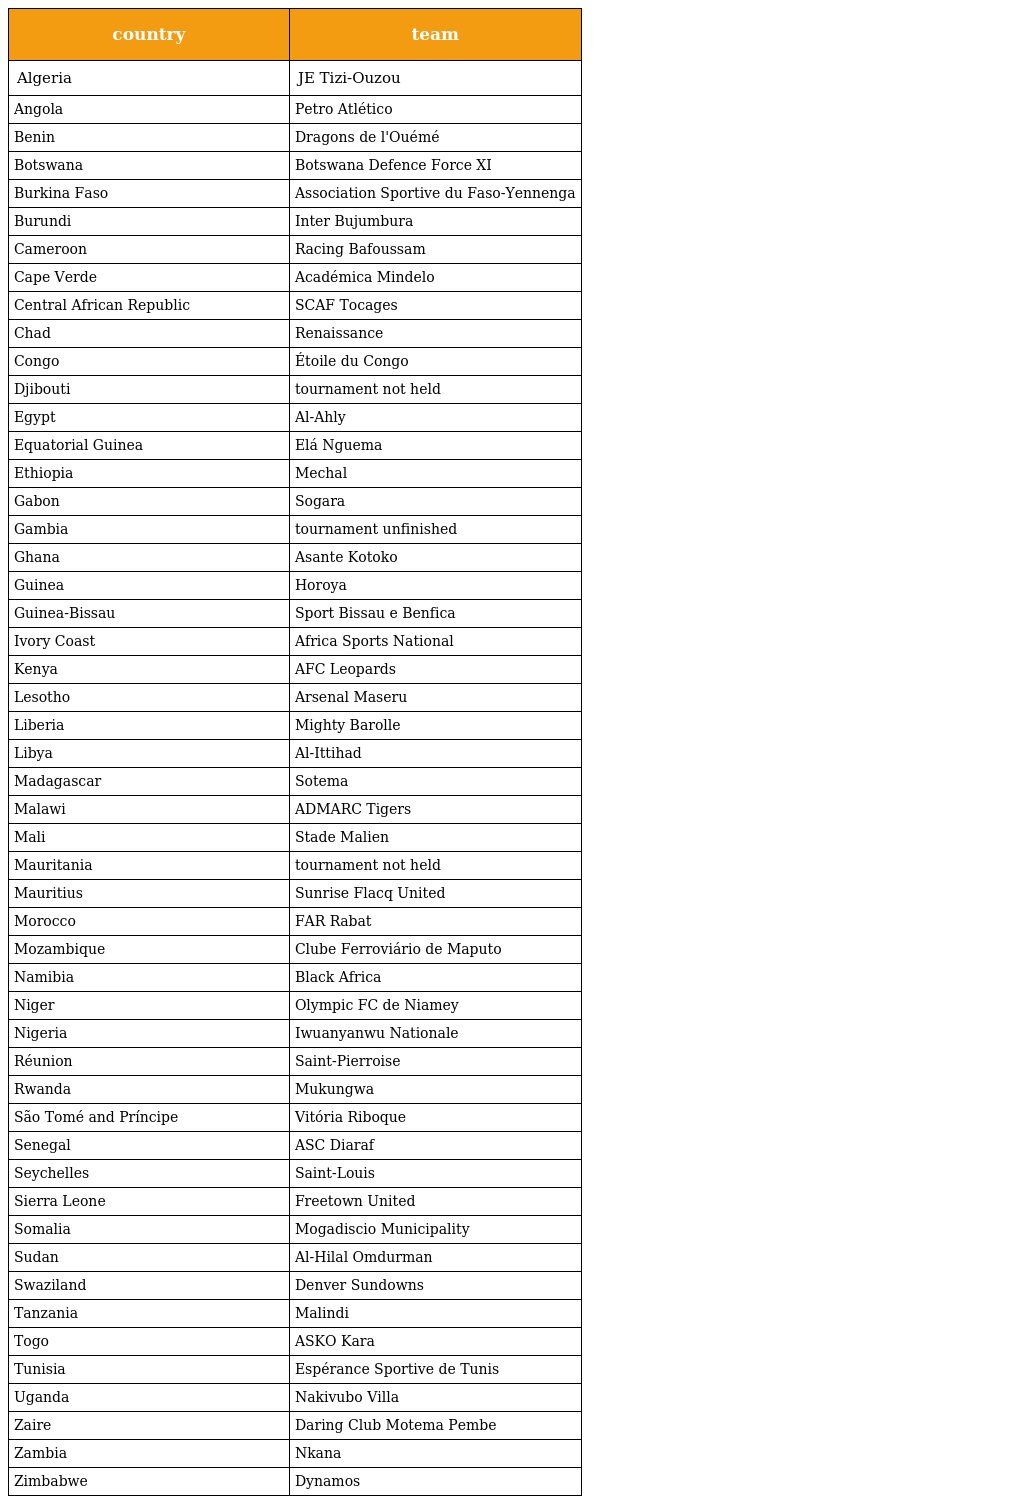
| country | team |
 | --- | --- |
 | Algeria | JE Tizi-Ouzou |
 | Angola | Petro Atlético |
 | Benin | Dragons de l'Ouémé |
 | Botswana | Botswana Defence Force XI |
 | Burkina Faso | Association Sportive du Faso-Yennenga |
 | Burundi | Inter Bujumbura |
 | Cameroon | Racing Bafoussam |
 | Cape Verde | Académica Mindelo |
 | Central African Republic | SCAF Tocages |
 | Chad | Renaissance |
 | Congo | Étoile du Congo |
 | Djibouti | tournament not held |
 | Egypt | Al-Ahly |
 | Equatorial Guinea | Elá Nguema |
 | Ethiopia | Mechal |
 | Gabon | Sogara |
 | Gambia | tournament unfinished |
 | Ghana | Asante Kotoko |
 | Guinea | Horoya |
 | Guinea-Bissau | Sport Bissau e Benfica |
 | Ivory Coast | Africa Sports National |
 | Kenya | AFC Leopards |
 | Lesotho | Arsenal Maseru |
 | Liberia | Mighty Barolle |
 | Libya | Al-Ittihad |
 | Madagascar | Sotema |
 | Malawi | ADMARC Tigers |
 | Mali | Stade Malien |
 | Mauritania | tournament not held |
 | Mauritius | Sunrise Flacq United |
 | Morocco | FAR Rabat |
 | Mozambique | Clube Ferroviário de Maputo |
 | Namibia | Black Africa |
 | Niger | Olympic FC de Niamey |
 | Nigeria | Iwuanyanwu Nationale |
 | Réunion | Saint-Pierroise |
 | Rwanda | Mukungwa |
 | São Tomé and Príncipe | Vitória Riboque |
 | Senegal | ASC Diaraf |
 | Seychelles | Saint-Louis |
 | Sierra Leone | Freetown United |
 | Somalia | Mogadiscio Municipality |
 | Sudan | Al-Hilal Omdurman |
 | Swaziland | Denver Sundowns |
 | Tanzania | Malindi |
 | Togo | ASKO Kara |
 | Tunisia | Espérance Sportive de Tunis |
 | Uganda | Nakivubo Villa |
 | Zaire | Daring Club Motema Pembe |
 | Zambia | Nkana |
 | Zimbabwe | Dynamos |